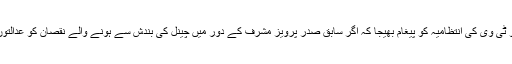
صدر زرداری نے جیو ٹی وی کی انتظامیہ کو پیغام بھیجا کہ اگر سابق صدر پرویز مشرف کے دور میں چینل کی بندش سے ہونے والے نقصان کو عدالتوں سے بحال کرا نا ہے۔